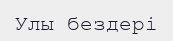
Улы бездері